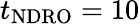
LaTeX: t_{\mathrm{NDRO}}=10